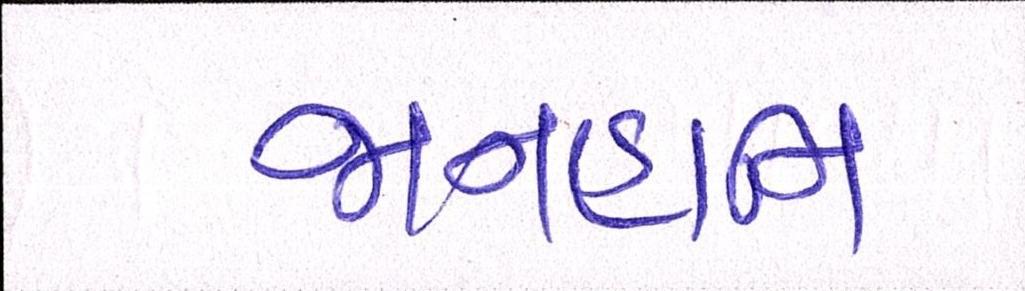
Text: જાનહાનિ